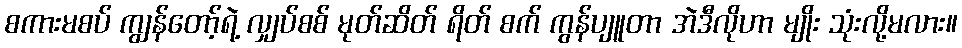
စကားမစပ် ကျွန်တော့်ရဲ့ လျှပ်စစ် မုတ်ဆိတ် ရိတ် စက် ကွန်ပျူတာ အဲဒီလိုဟာ မျိုး သုံးလို့မလား။